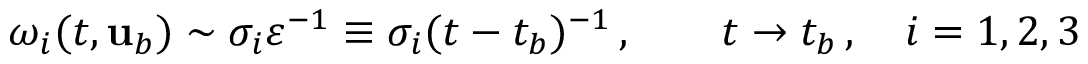
\omega _ { i } ( t , { \mathbf { u } } _ { b } ) \sim \sigma _ { i } \varepsilon ^ { - 1 } \equiv \sigma _ { i } ( t - t _ { b } ) ^ { - 1 } \, , \qquad t \to t _ { b } \, , \quad i = 1 , 2 , 3